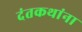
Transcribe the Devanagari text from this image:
दंतकथांना